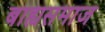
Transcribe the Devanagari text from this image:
बाह्यसमाज